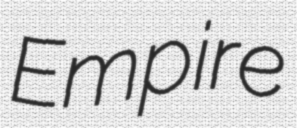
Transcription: Empire